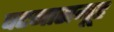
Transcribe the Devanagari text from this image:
घटनासमूह